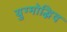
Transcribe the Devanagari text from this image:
युग्मोद्भिद